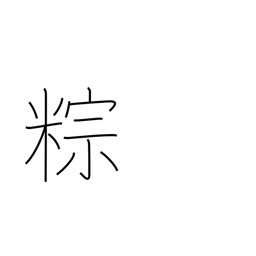
Meaning: rice dumplings steamed in bamboo leaves